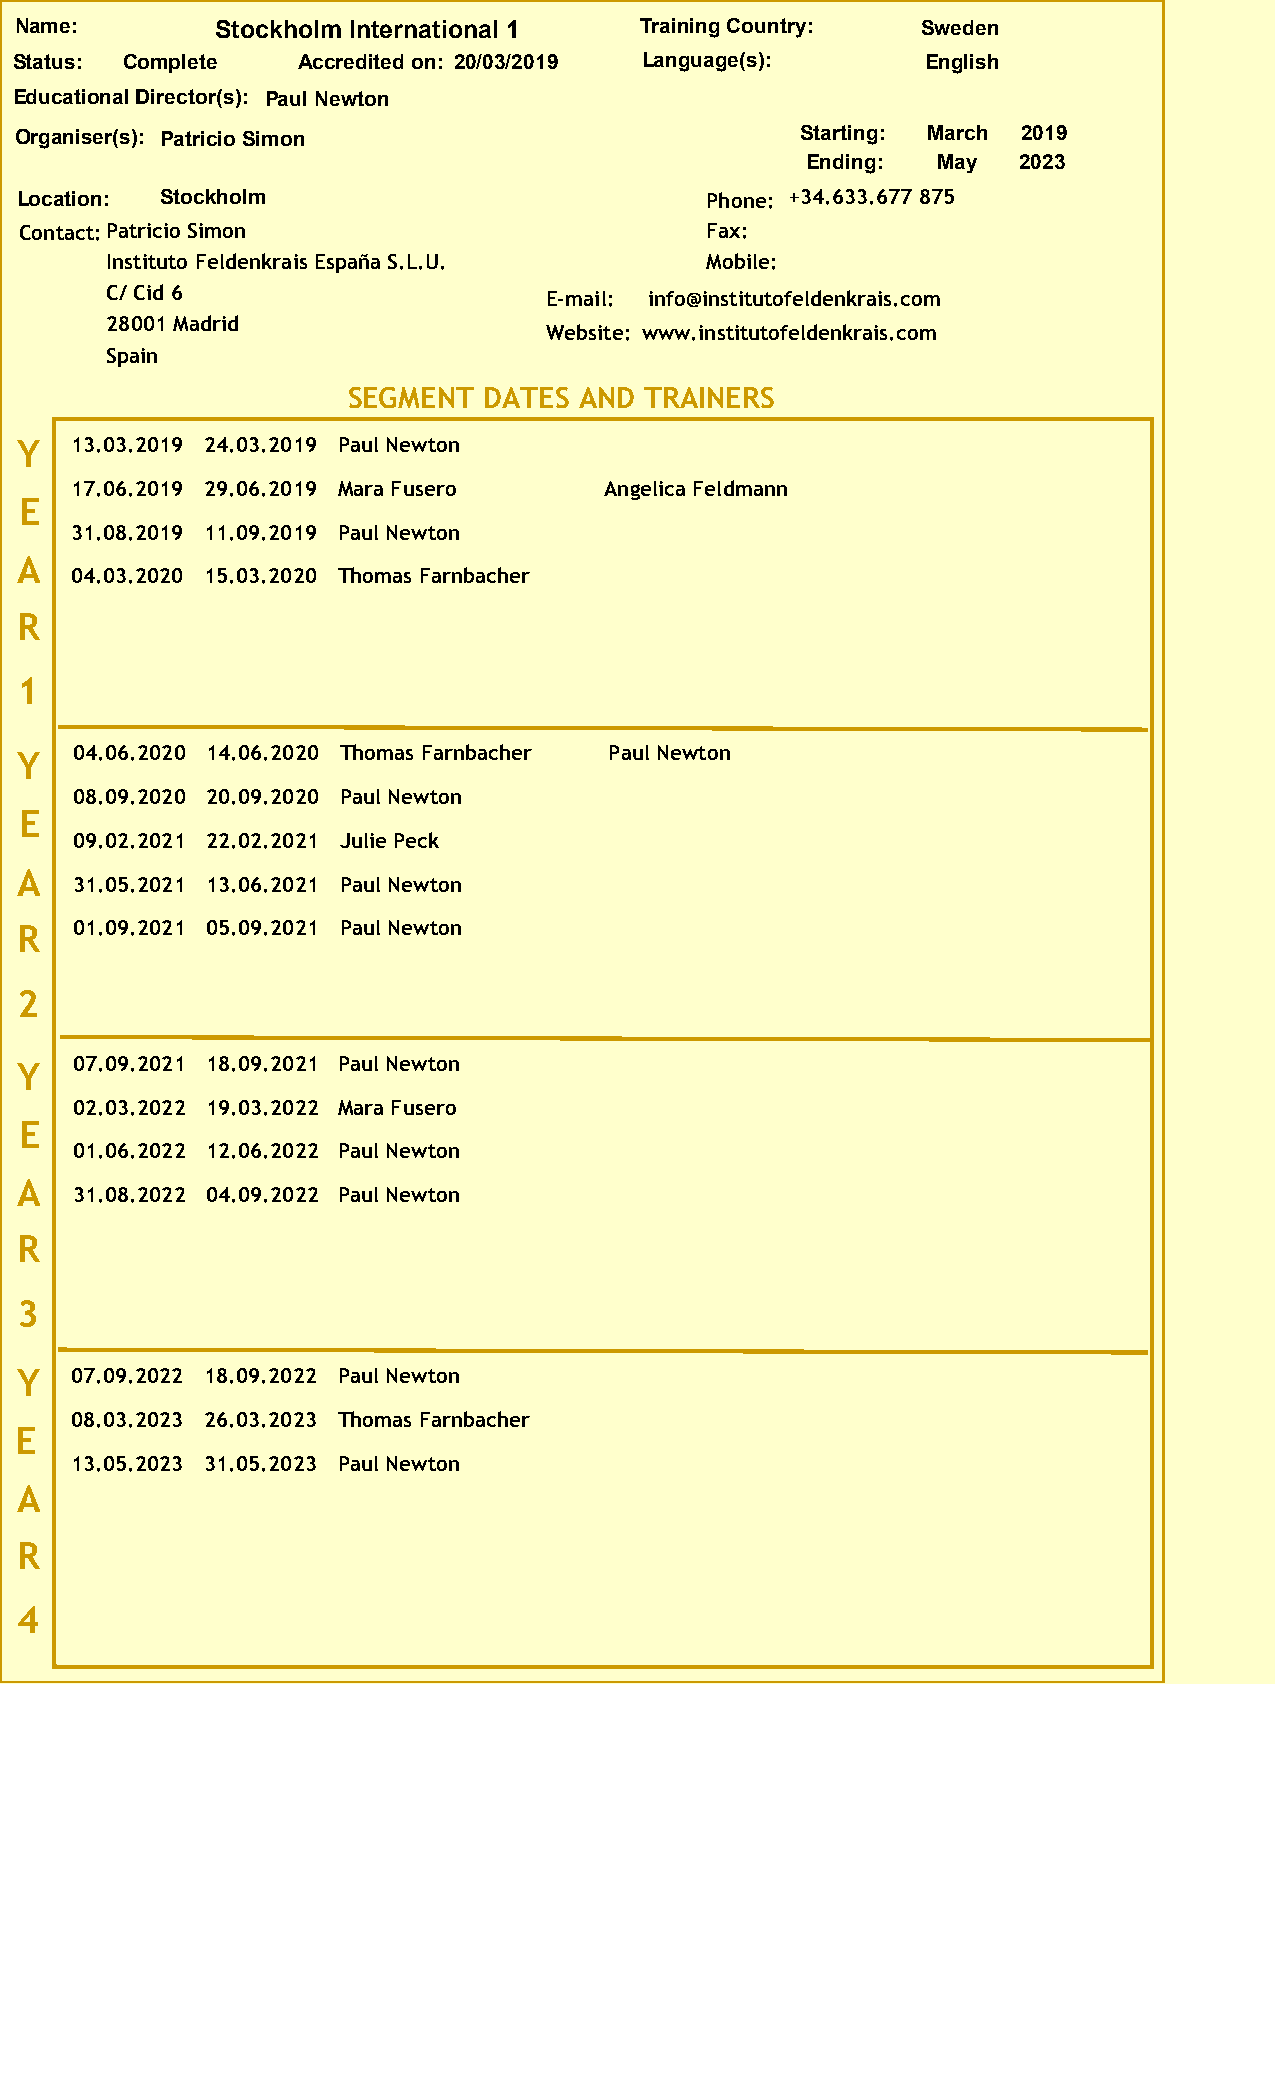
Name:        Stockholm International 1   Training Country:  Sweden
 Status: Complete   Accredited on: 20/03/2019 Language(s):   English
 Educational Director(s): Paul Newton
 Organiser(s): Patricio Simon                        Starting: March 2019
 Ending:  May  2023
 Location: Stockholm                           Phone: +34.633.677 875
 Contact:Patricio Simon                        Fax:
 Instituto Feldenkrais España S.L.U.     Mobile:
 C/ Cid 6                     E-mail: info@institutofeldenkrais.com
 28001 Madrid
 Website: www.institutofeldenkrais.com
 Spain
 SEGMENT  DATES AND  TRAINERS
 Y   13.03.2019 24.03.2019 Paul Newton
 17.06.2019 29.06.2019 Mara Fusero  Angelica Feldmann
 E
 31.08.2019 11.09.2019 Paul Newton
 A
 04.03.2020 15.03.2020 Thomas Farnbacher
 R
 1
 Y   04.06.2020 14.06.2020 Thomas Farnbacher Paul Newton
 08.09.2020 20.09.2020 Paul Newton
 E
 09.02.2021 22.02.2021 Julie Peck
 A
 31.05.2021 13.06.2021 Paul Newton
 R   01.09.2021 05.09.2021 Paul Newton
 2
 Y   07.09.2021 18.09.2021 Paul Newton
 02.03.2022 19.03.2022 Mara Fusero
 E
 01.06.2022 12.06.2022 Paul Newton
 A
 31.08.2022 04.09.2022 Paul Newton
 R
 3
 Y   07.09.2022 18.09.2022 Paul Newton
 08.03.2023 26.03.2023 Thomas Farnbacher
 E
 13.05.2023 31.05.2023 Paul Newton
 A
 R
 4